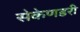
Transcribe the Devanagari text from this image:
सेकेणडरी